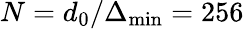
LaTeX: N=d_{0}/\Delta_{\operatorname*{min}}=256